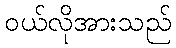
ဝယ်လိုအားသည်